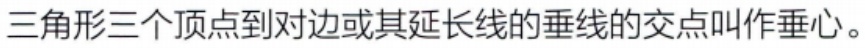
三角形三个顶点到对边或其延长线的垂线的交点叫作垂心。